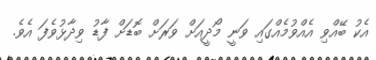
އެކު ބޭއްވި އެއްވުމެއްގައި ވަނީ މޯދީއަށް ވަރަށް ބޮޑަށް ފާޑު ވިދާޅުވެފަ އެވެ.